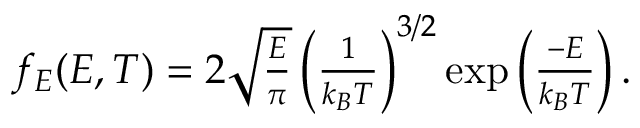
\begin{array} { r } { f _ { E } ( E , T ) = 2 \sqrt { \frac { E } { \pi } } \left( \frac { 1 } { k _ { B } T } \right) ^ { 3 / 2 } \exp \left( \frac { - E } { k _ { B } T } \right) . } \end{array}